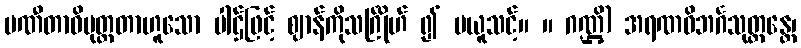
ပဏီတာဓိမုတ္တတာဟူသော ပါဌ်ဖြင့် ဈာန်ကိုသင်္ဂြိုဟ် ၍ မယူသင့်။ ။ ဂဏ္ဌိ) အရဏဝိဘင်္ဂသုတ္တန္တေ၊